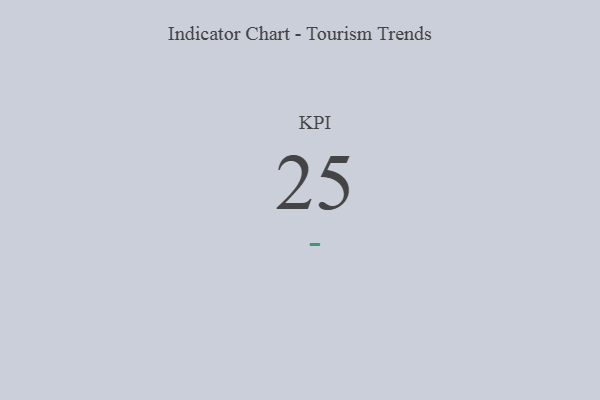
{"axis": {"x": "KPI", "y": "Value"}, "legend": [""], "data": [{"x": "KPI", "y": 25, "type": ""}]}